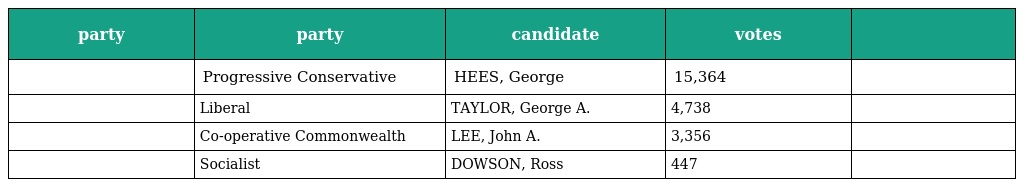
| party | party | candidate | votes |  |
 | --- | --- | --- | --- | --- |
 |  | Progressive Conservative | HEES, George | 15,364 |  |
 |  | Liberal | TAYLOR, George A. | 4,738 |  |
 |  | Co-operative Commonwealth | LEE, John A. | 3,356 |  |
 |  | Socialist | DOWSON, Ross | 447 |  |